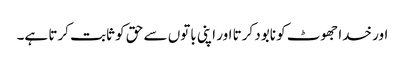
اور خدا جھوٹ کو نابود کرتا اور اپنی باتوں سے حق کو ثابت کرتا ہے۔